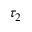
\tau _ { 2 }